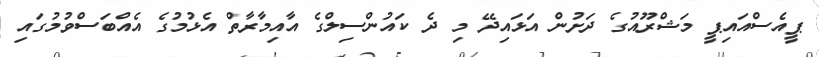
ޕީއެސްއައިޕީ މަޝްރޫއުގެ ދަށުން އަޅައިދޭ މި ދެ ކައުންސިލްގެ އާއިމާރާތް އެޅުމުގެ އެއްބަސްވުމުގައި